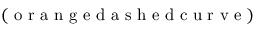
( \mathrm { ~ o ~ r ~ a ~ n ~ g ~ e ~ d ~ a ~ s ~ h ~ e ~ d ~ c ~ u ~ r ~ v ~ e ~ } )